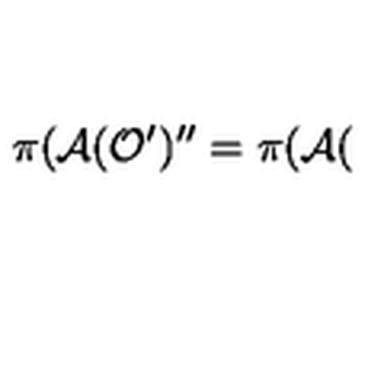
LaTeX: \pi ( \mathcal { A } ( \mathcal { O } ^ { \prime } ) ^ { \prime \prime } = \pi ( \mathcal { A } (